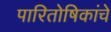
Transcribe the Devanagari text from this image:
पारितोषिकांचे